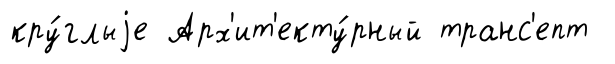
кру́глыjе Арх'ит'екту́рный транс'епт